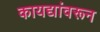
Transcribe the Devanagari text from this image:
कायद्यांवरून